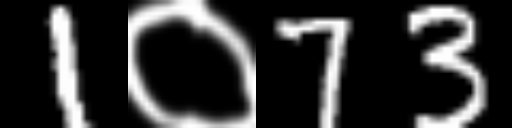
Text: 1०73